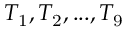
T _ { \mathrm { 1 } } , T _ { \mathrm { 2 } } , . . . , T _ { \mathrm { 9 } }